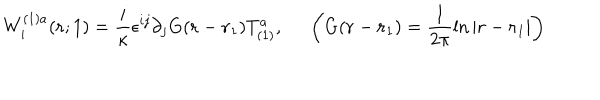
LaTeX: W _ { i } ^ { ( 1 ) a } ( { \bf r } ; 1 ) = \frac { i } { \kappa } \epsilon ^ { i j } \partial _ { j } G ( { \bf r } - { \bf r } _ { 1 } ) T _ { ( 1 ) } ^ { a } , ~ ~ \left( G ( { \bf r } - { \bf r } _ { 1 } ) = \frac { 1 } { 2 \pi } \ln | { \bf r } - { \bf r } _ { 1 } | \right)